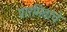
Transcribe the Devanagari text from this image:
पारमितांचे